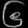
Digit: ၆